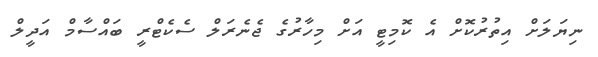
ނިޔަލަށް އިތުރުކޮށް އެ ކޮމިޓީ އަށް މިހާރުގެ ޖެނެރަލް ސެކެޓްރީ ބައްސާމް އަދީލް